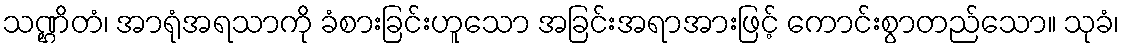
သဏ္ဌိတံ၊ အာရုံအရသာကို ခံစားခြင်းဟူသော အခြင်းအရာအားဖြင့် ကောင်းစွာတည်သော။ သုခံ၊